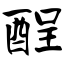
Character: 酲